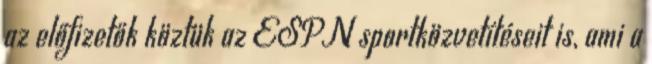
az előfizetők köztük az ESPN sportközvetítéseit is, ami a